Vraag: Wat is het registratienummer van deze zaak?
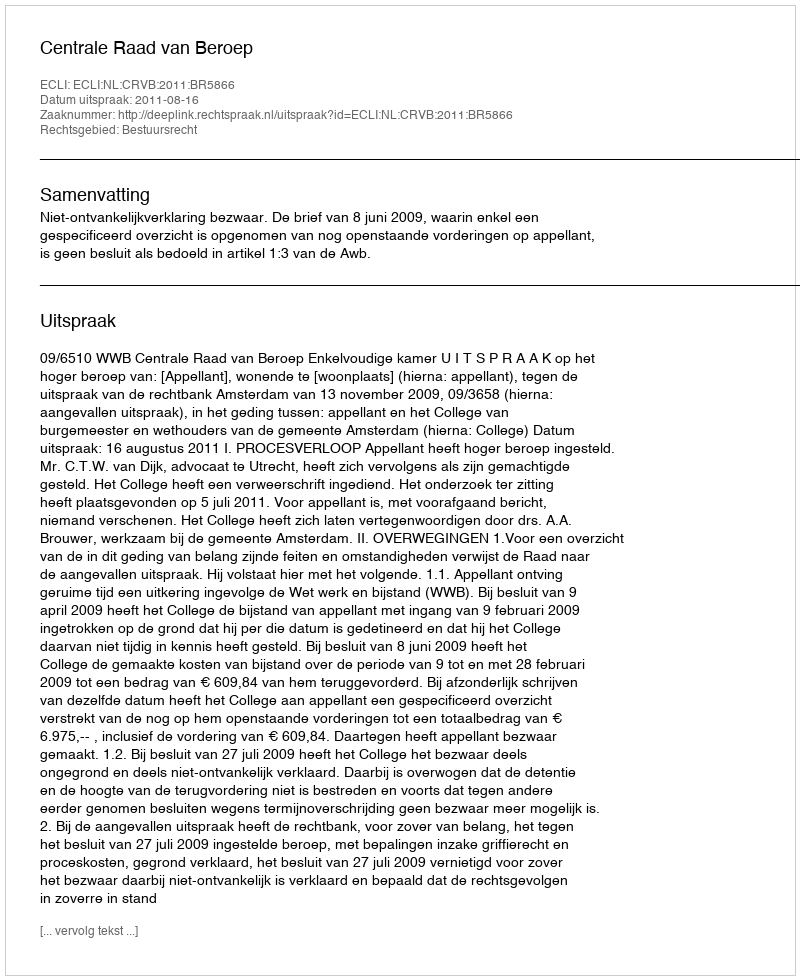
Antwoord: http://deeplink.rechtspraak.nl/uitspraak?id=ECLI:NL:CRVB:2011:BR5866